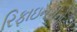
રિફાઇનરીનો